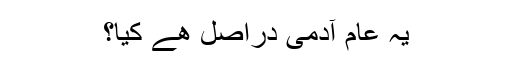
یہ عام آدمی دراصل ھے کیا؟